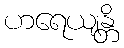
ဟရေယျန္တိ